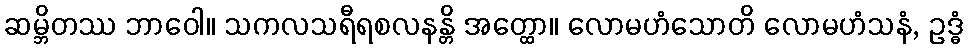
ဆမ္ဘိတဿ ဘာဝေါ။ သကလသရီရစလနန္တိ အတ္ထော။ လောမဟံသောတိ လောမဟံသနံ, ဥဒ္ဓံ